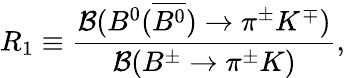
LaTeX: R_{1}\equiv\frac{{\cal B}(B^{0}(\overline{{{B^{0}}}})\to\pi^{\pm}K^{\mp})}{{\cal B}(B^{\pm}\to\pi^{\pm}K)},